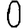
Digit: 0